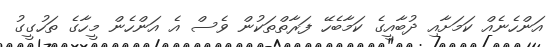
އަންހެނެއް ކަމަށާއި ދުބާއީގެ ކަމާބެހޭ ފަރާތްތަކުން ވެސް އެ އަންހެން މީހާގެ ތަހުގީގު